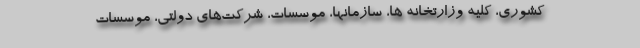
کشوری، کلیه وزارتخانه ها، سازمانها، موسسات، شرکت‌های دولتی، موسسات